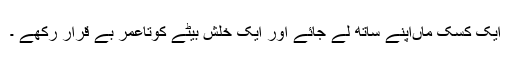
ایک کسک ماںاپنے ساتھ لے جائے اور ایک خلش بیٹے کوتاعمر بے قرار رکھے ۔